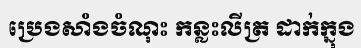
ប្រេងសាំងចំណុះ កន្លះលីត្រ ដាក់ក្នុង